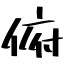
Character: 俯